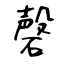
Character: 磬